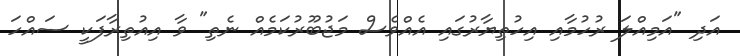
އަދި "އަމިއްލަ ރުހުމާއި އިހުތިޔާރުގައި އެއްވެސް މަޖުބޫރުކަމެއް ނެތި" ވާ އިއުތިރާފަކީ ސައްހަ